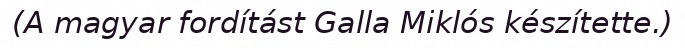
(A magyar fordítást Galla Miklós készítette.)